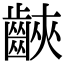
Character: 䶝